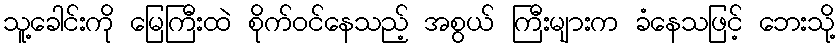
သူ့ခေါင်းကို မြေကြီးထဲ စိုက်ဝင်နေသည့် အစွယ် ကြီးများက ခံနေသဖြင့် ဘေးသို့